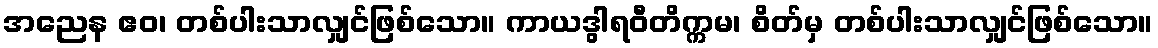
အညေန ဧဝ၊ တစ်ပါးသာလျှင်ဖြစ်သော။ ကာယဒွါရဝီတိက္ကမ၊ စိတ်မှ တစ်ပါးသာလျှင်ဖြစ်သော။